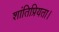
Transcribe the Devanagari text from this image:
शांतिप्रियता।